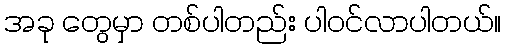
အခု တွေမှာ တစ်ပါတည်း ပါဝင်လာပါတယ်။